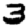
Digit: 3